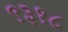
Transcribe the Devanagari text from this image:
९३१८